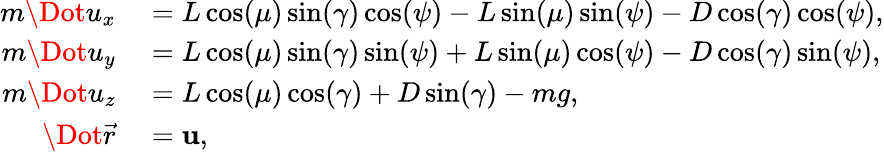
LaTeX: \begin{array}{rl}{m\Dot{u}_{x}}&{{}=L\cos(\mu)\sin(\gamma)\cos(\psi)-L\sin(\mu)\sin(\psi)-D\cos(\gamma)\cos(\psi),}\\ {m\Dot{u}_{y}}&{{}=L\cos(\mu)\sin(\gamma)\sin(\psi)+L\sin(\mu)\cos(\psi)-D\cos(\gamma)\sin(\psi),}\\ {m\Dot{u}_{z}}&{{}=L\cos(\mu)\cos(\gamma)+D\sin(\gamma)-mg,}\\ {\Dot{\vec{r}}}&{{}=\mathbf{u},}\end{array}